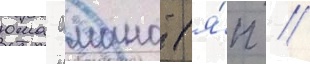
юма амано (я́п //